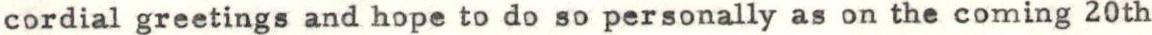
cordial greetings and hope to do so personally as on the coming 20th